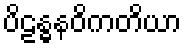
ပိဠန္ဓနဝိကတိယာ